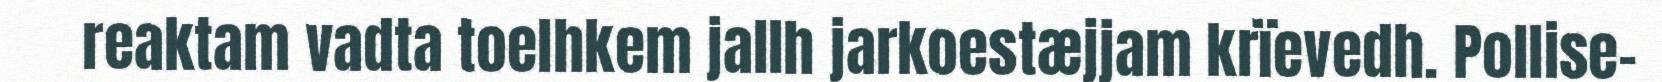
reaktam vadta toelhkem jallh jarkoestæjjam krïevedh. Pollise-